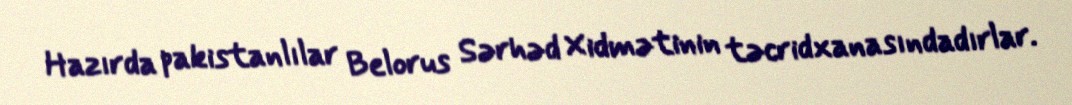
Hazırda pakistanlılar Belorus Sərhəd Xidmətinin təcridxanasındadırlar.